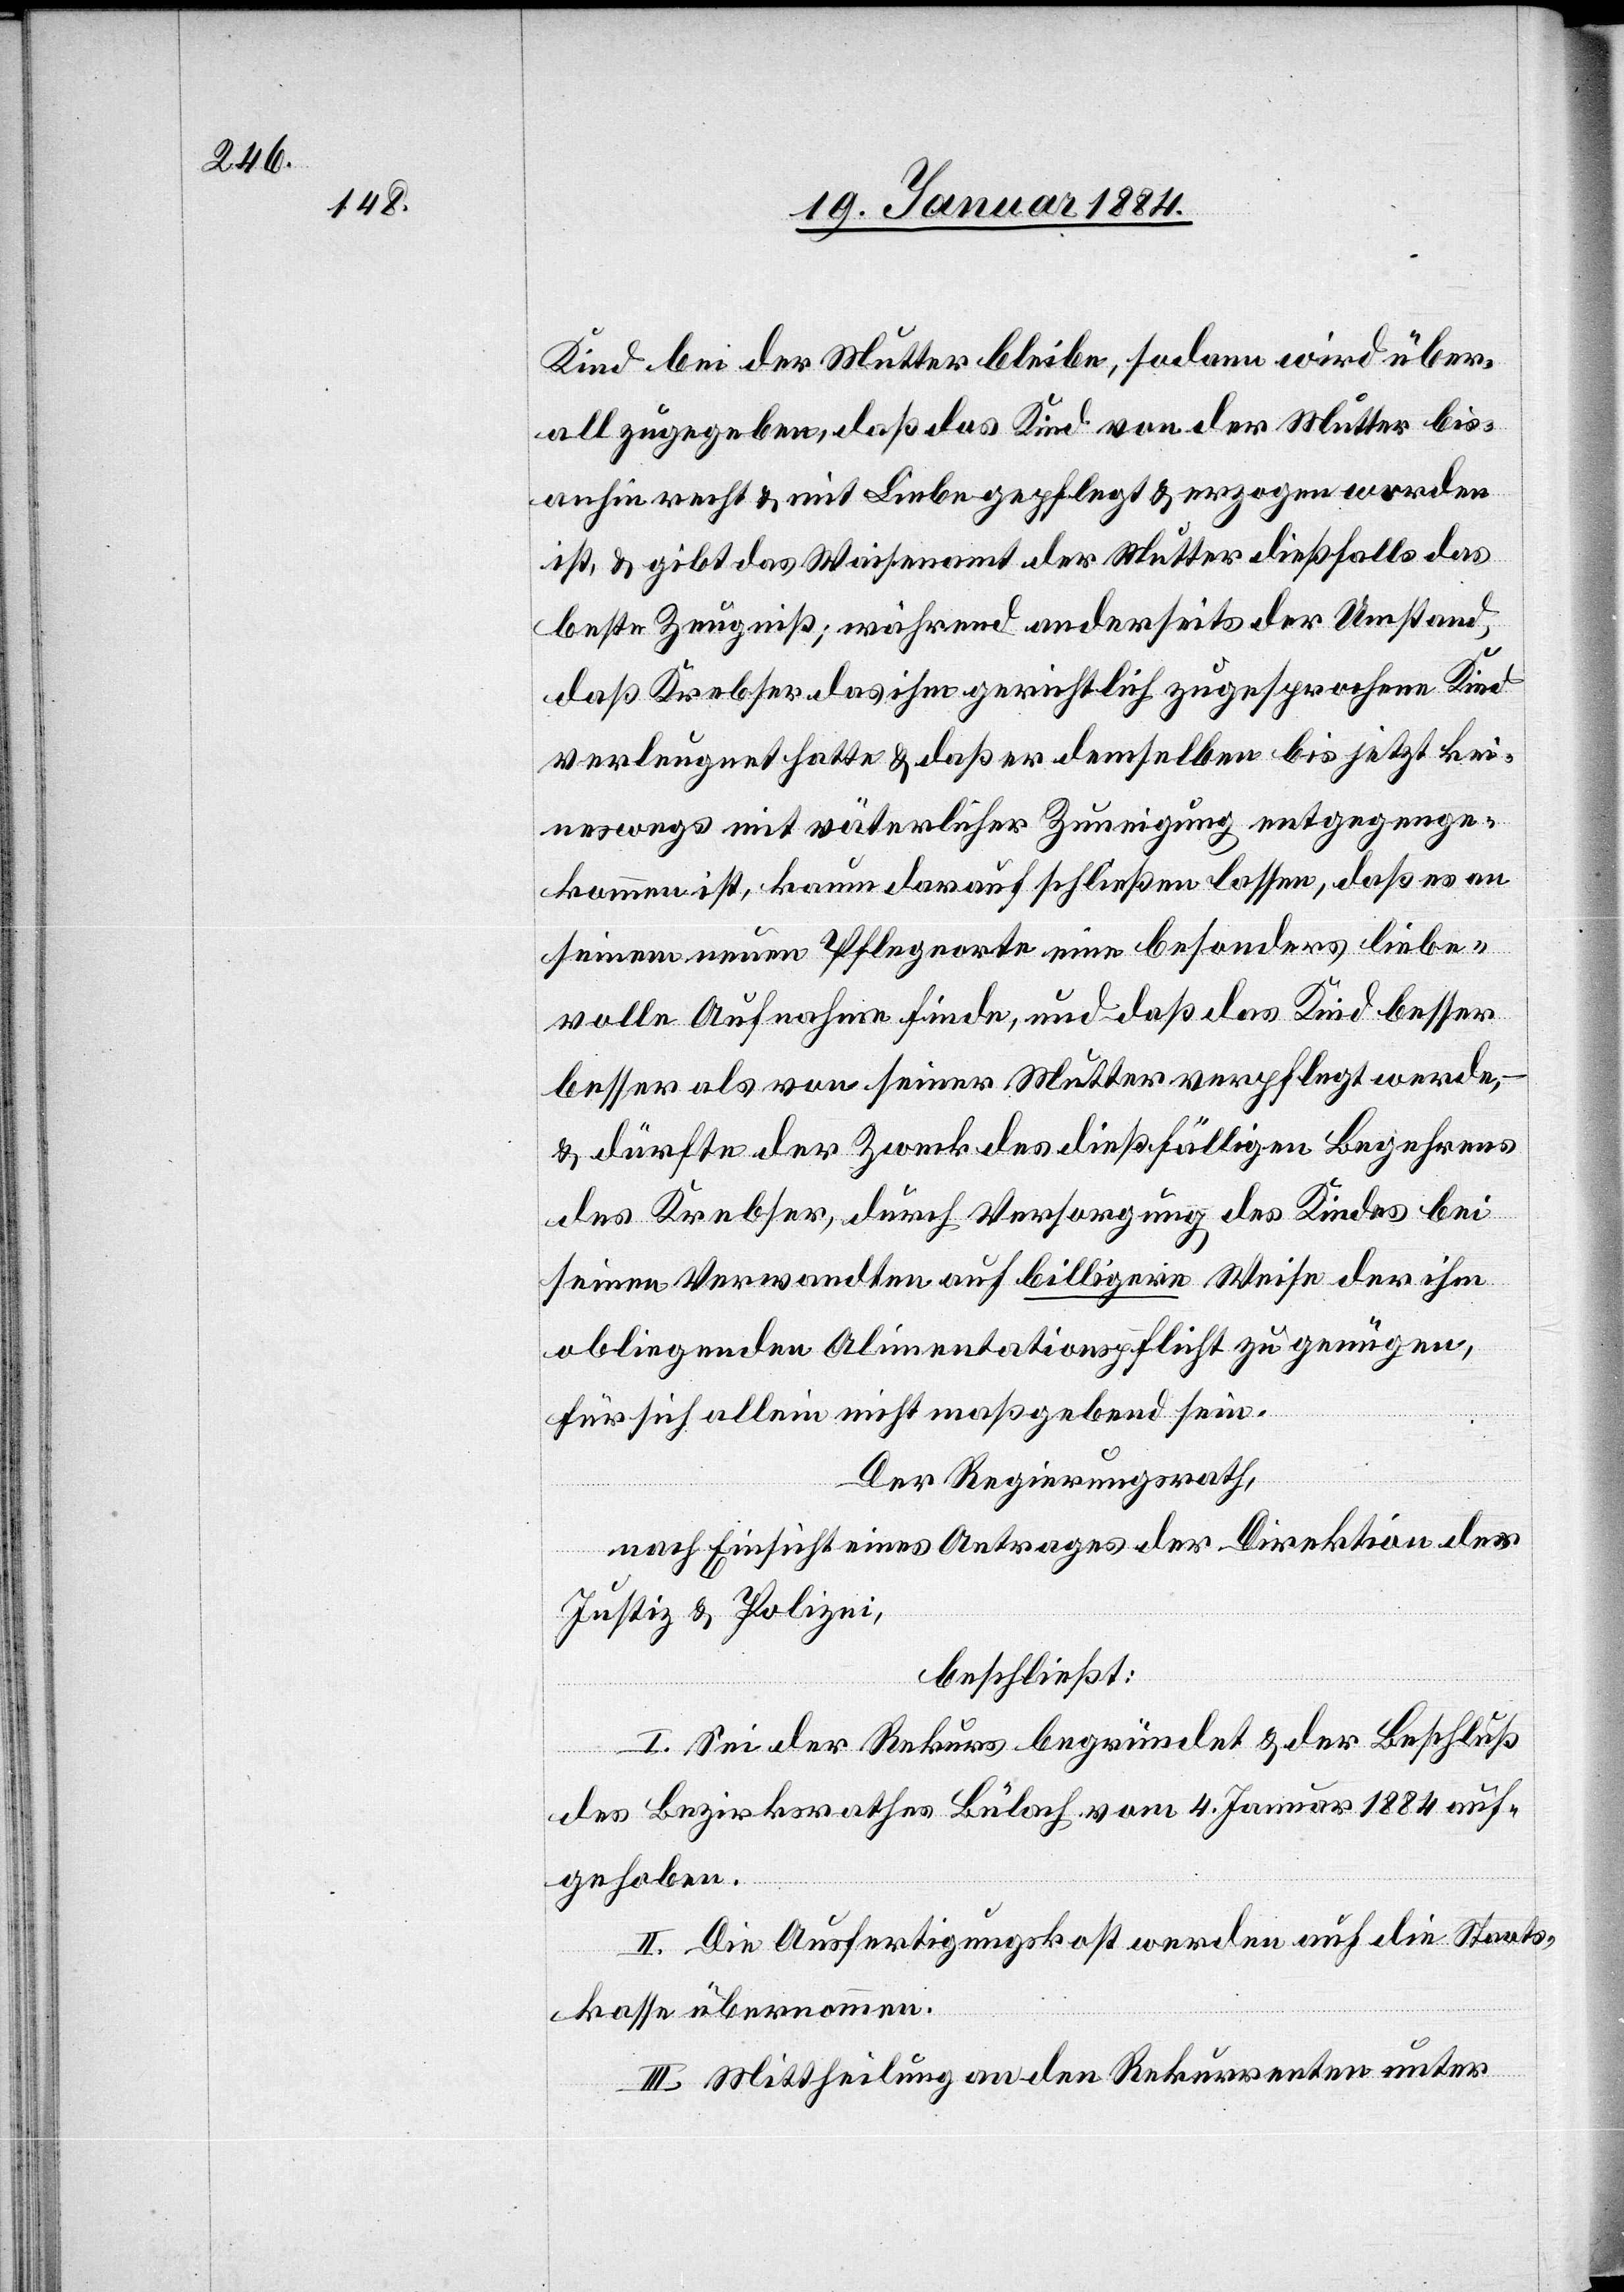
Kind bei der Mutter bleibe, sodann wird über¬
all zugegeben, daß das Kind von der Mutter bis¬
anhin recht & mit Liebe gepflegt & erzogen worden
ist, & gibt das Waisenamt der Mutter dießfalls das
beste Zeugniß, während anderseits der Umstand,
daß Krebser das ihm gerichtlich zugesprochene Kind
verleugnet hatte & daß er demselben bis jetzt kei¬
neswegs mit väterlicher Zuneigung entgegenge¬
kommen ist, kaum darauf schließen lassen, daß es an
seinem neuen Pflegorte eine besonders liebe¬
volle Aufnahme finde, und daß das Kind besser
& dürfte der Zweck des dießfälligen Begehrens
des Krebser, durch Versorgung des Kindes bei
seinen Verwandten auf billigere Weise der ihm
obliegenden Alimentationspflicht zu genügen,
für sich allein nicht maßgebend sein.
Der Regierungsrath,
nach Einsicht eines Antrages der Direktion der
Justiz & Polizei,
beschließt:
I. Sei der Rekurs begründet & der Beschluß
des Bezirksrathes Bülach vom 4. Januar 1884 auf¬
gehoben.
II. Die Ausfertigungskost[en] werden auf die Staats¬
kasse übernommen.
III. Mittheilung an den Rekurrenten unter